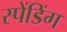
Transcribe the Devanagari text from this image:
स्पेंडिंग